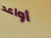
أواعد